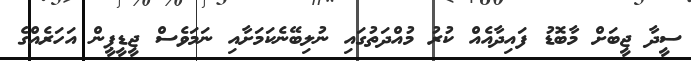
ސީދާ ޖީބަށް މާބޮޑު ފައިދާއެއް ކުރު މުއްދަތުގައި ނުލިބޭނެކަމަށާއި ނަމަވެސް ޖީޑީޕީން އަހަރެއްގެ